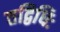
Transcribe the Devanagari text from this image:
तद्विधिः